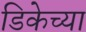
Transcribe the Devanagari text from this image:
डिकेच्या